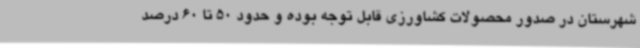
شهرستان در صدور محصولات کشاورزی قابل توجه بوده و حدود 50 تا 60 درصد